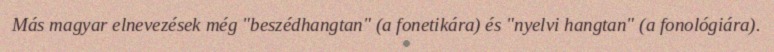
Más magyar elnevezések még "beszédhangtan" (a fonetikára) és "nyelvi hangtan" (a fonológiára).